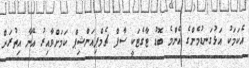
އެކަމަކު އަޅުގަނޑުމެންގެ އެންމެ ބޮޑު ޓާގެޓަކީ ސާފް ޗެމްޕިއަންޝިޕް ކަމަށްވާއިރު އޭނާ އިތުރަށް